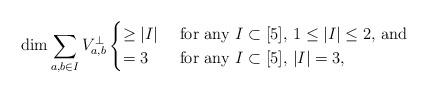
LaTeX: \begin{align*} \dim \sum_{a,b \in I} V_{a,b}^\perp \begin{cases} \geq |I| & \mbox{ for any $I \subset [5]$, $1 \leq |I| \leq 2$, and} \\ = 3 & \mbox{ for any $I \subset [5]$, $|I| = 3$}, \end{cases} \end{align*}